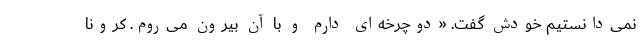
نمی‌دانستیم خودش گفت. «دوچرخه‌ای دارم و با آن بیرون می‌روم. کرونا